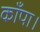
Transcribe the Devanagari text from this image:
काँपा।